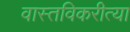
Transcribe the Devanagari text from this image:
वास्तविकरीत्या